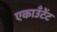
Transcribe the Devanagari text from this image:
एकाउँटेंट